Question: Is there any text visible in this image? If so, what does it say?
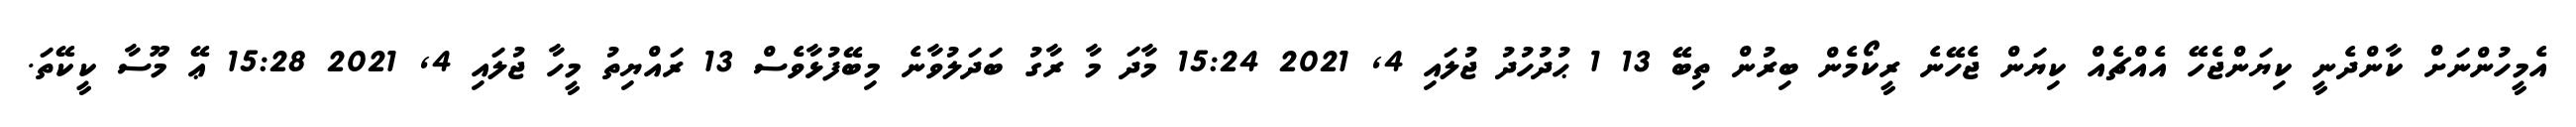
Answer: އެމީހުންނަށް ކާންދެނީ ކިޔަންޖެހޭ އެއްޗެއް ކިޔަން ޖެހޭނެ ރީކޯމެން ބިރުން ތިބޭ 13 1 ޙުދުހުދު ޖުލައި 4, 2021 15:24 މާދަ މާ ރާގު ބަދަލުވާނެ މިބޭފުޅާވެސް 13 ރައްޔިތު މީހާ ޖުލައި 4, 2021 15:28 ޢޭ މޫސާ ކީކޭތަ.